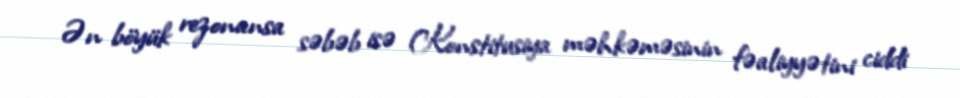
Ən böyük rezonansa səbəb isə Konstitusiya məhkəməsinin fəaliyyətini ciddi